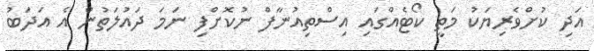
އަދި ކުށްވެެރިޔަކު މަތީ ކޯޓެއްގައި އިސްތިއުނާފް ނުކޮށްފި ނަމަ ދައުލަތުން އެ އަދަބު